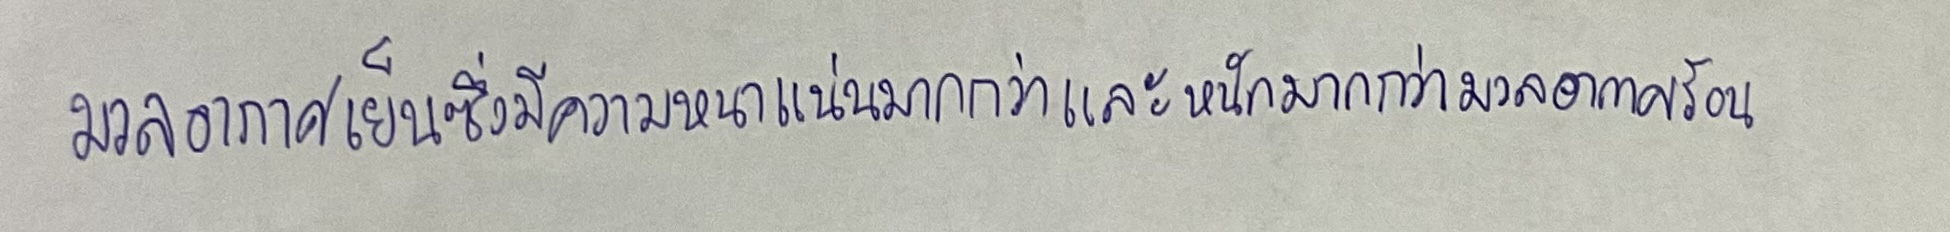
มวลอากาศเย็นซึ่งมีความแน่นมากกว่าและหนักมากกว่ามวลอากาศร้อน